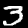
Label: 3